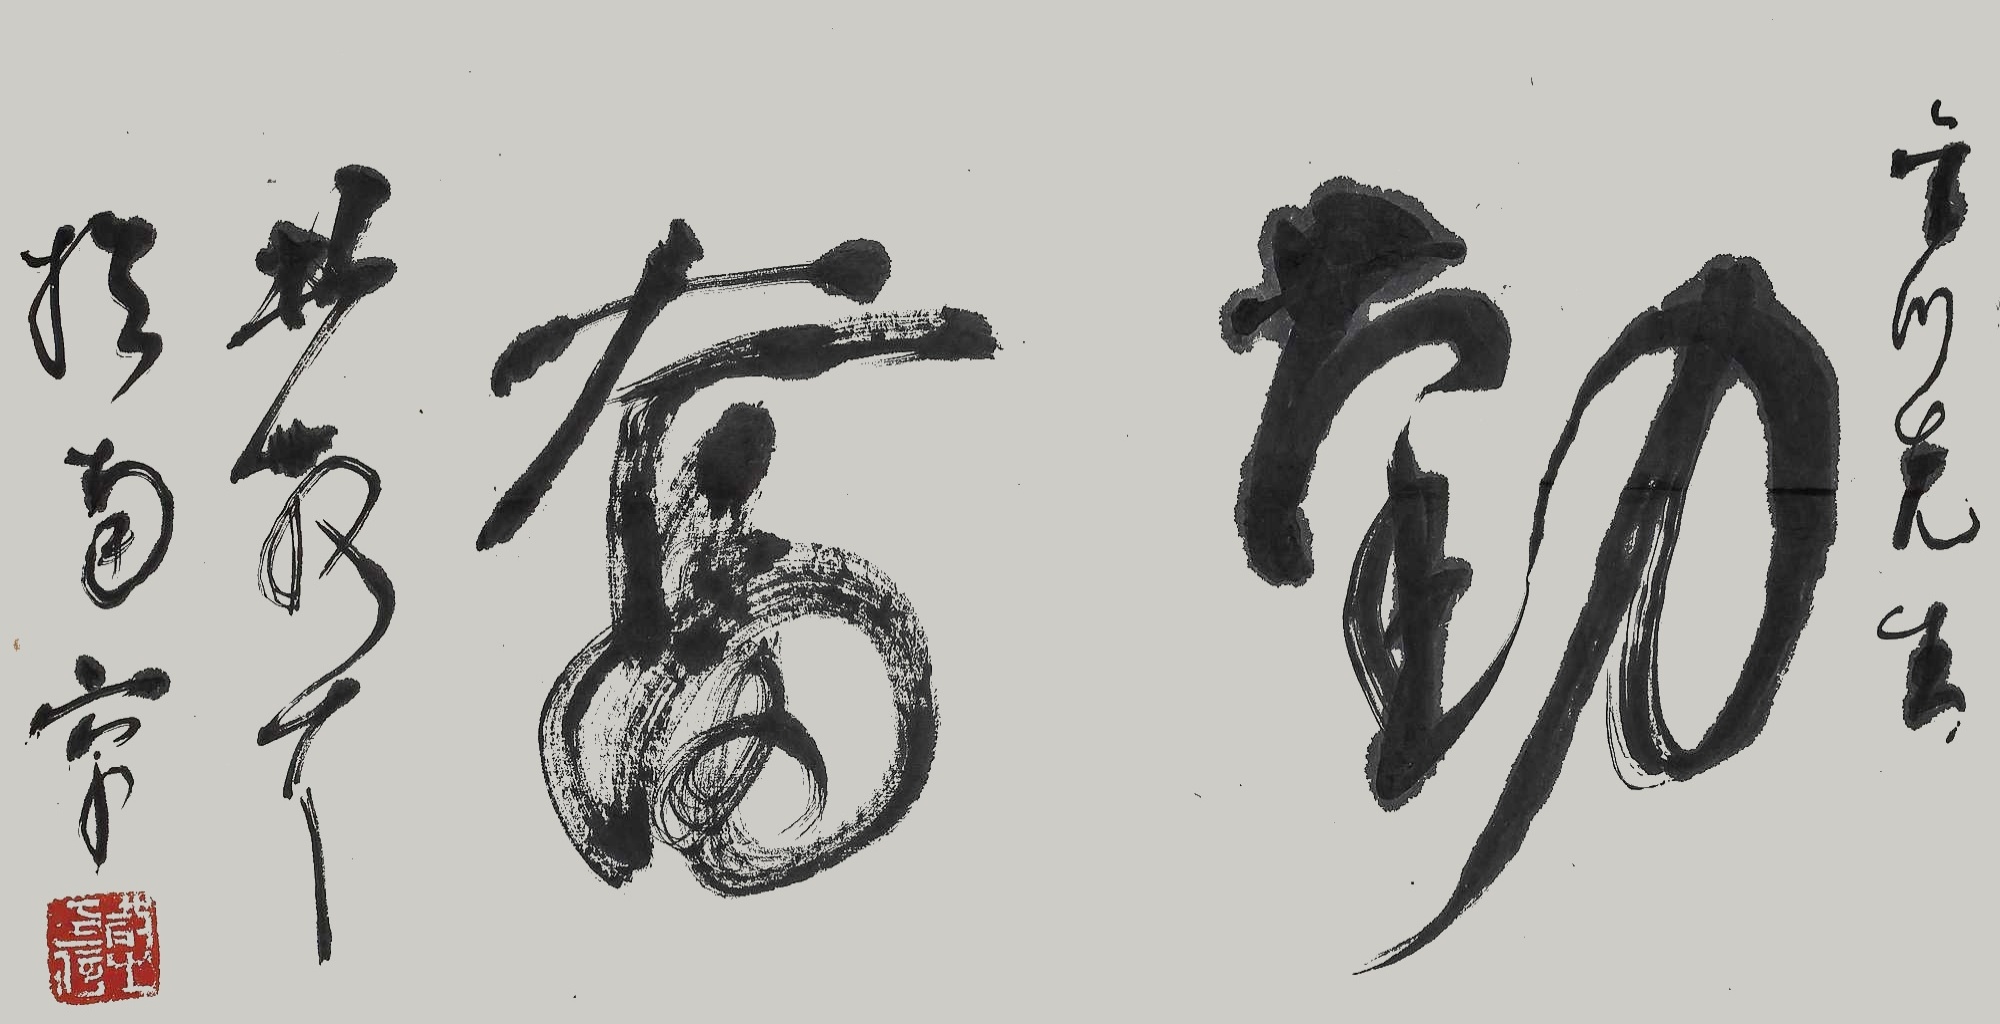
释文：勤奋。金川先生，林散耳于南京。